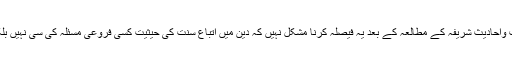
اطاعت ِ رسول ﷺ کے بارے میں قرآنی آیات واحادیث شریفہ کے مطالعہ کے بعد یہ فیصلہ کرنا مشکل نہیں کہ دین میں اتباعِ سنت کی حیثیت کسی فروعی مسئلہ کی سی نہیں بلکہ بنیادی تقاضوں میں سے ایک تقاضا ہے ۔